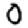
Digit: 0